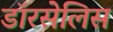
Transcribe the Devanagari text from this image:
डॉरसेलिस